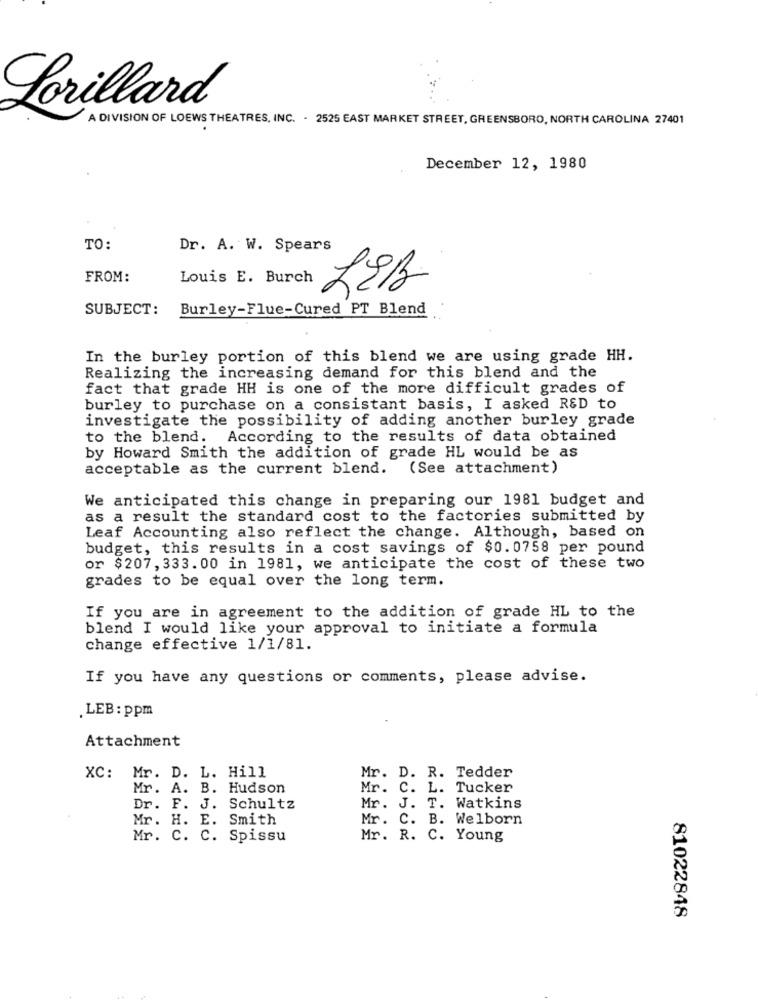
Lorillard
A DIVISION OF LOEWS THEATRES, INC. - 2525 EAST MARKET STREET, GREENSBORO, NORTH CAROLINA 27401
December 12, 1980
TO:
Dr. A. W. Spears
FROM:
Louis E. Burch
LEB
SUBJECT:
Burley-Flue-Cured PT Blend
In the burley portion of this blend we are using grade HH.
Realizing the increasing demand for this blend and the
fact that grade HH is one of the more difficult grades of
burley to purchase on a consistant basis, I asked R&D to
investigate the possibility of adding another burley grade
to the blend. According to the results of data obtained
by Howard Smith the addition of grade HL would be as
acceptable as the current blend. (See attachment)
We anticipated this change in preparing our 1981 budget and
as a result the standard cost to the factories submitted by
Leaf Accounting also reflect the change. Although, based on
budget, this results in a cost savings of $0.0758 per pound
or $207, 333. 00 in 1981, we anticipate the cost of these two
grades to be equal over the long term.
If you are in agreement to the addition of grade HL to the
blend I would like your approval to initiate a formula
change effective 1/1/81.
If you have any questions or comments, please advise.
.LEB : ppm
Attachment
XC: Mr. D. L. Hill
Mr. D. R. Tedder
Mr. A. B. Hudson
Mr. C. L. Tucker
Dr. F. J. Schultz
Mr. J. T. Watkins
Mr. H. E. Smith
Mr. C. B. Welborn
Mr. C. C. Spissu
Mr. R. C. Young
81022848